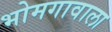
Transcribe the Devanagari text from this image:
भोमगावाला